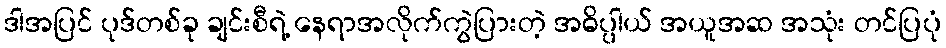
ဒါအပြင် ပုဒ်တစ်ခု ချင်းစီရဲ့ နေရာအလိုက်ကွဲပြားတဲ့ အဓိပ္ပါယ် အယူအဆ အသုံး တင်ပြပုံ